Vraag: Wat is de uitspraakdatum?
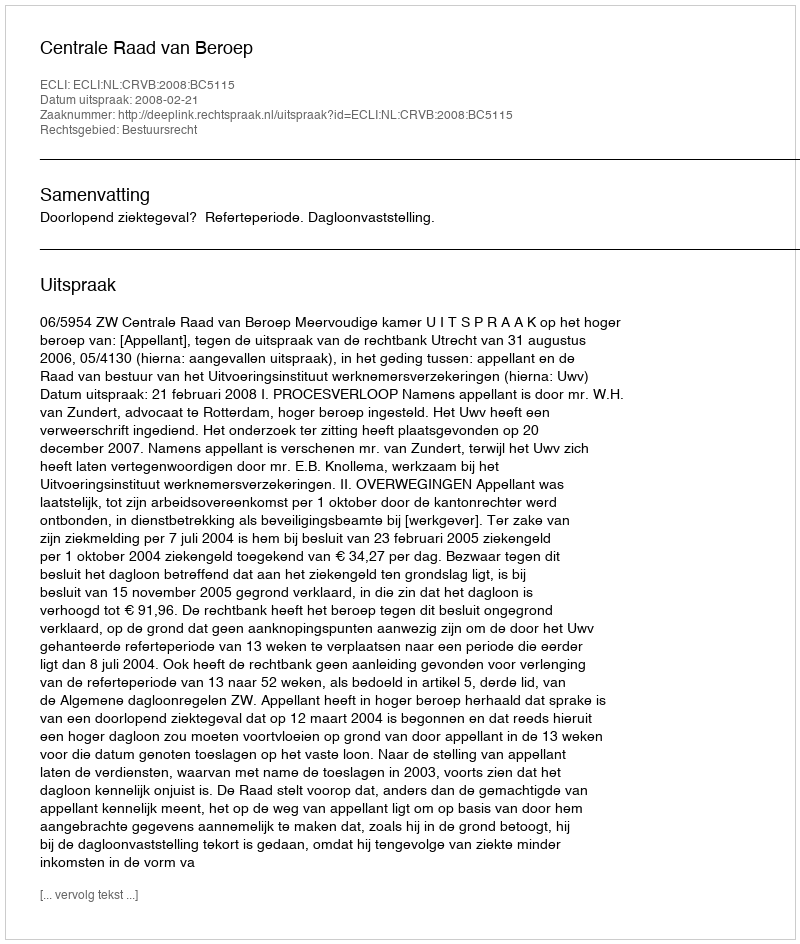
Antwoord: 2008-02-21